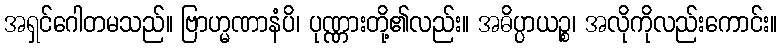
အရှင်ဂေါတမသည်။ ဗြာဟ္မဏာနံပိ၊ ပုဏ္ဏားတို့၏လည်း။ အဓိပ္ပာယဉ္စ၊ အလိုကိုလည်းကောင်း။